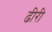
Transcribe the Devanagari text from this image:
ढीरी